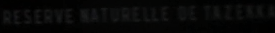
RESERVE-NATURELLE-DE-T